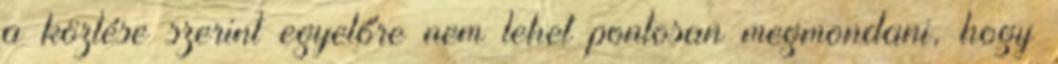
a közlése szerint egyelőre nem lehet pontosan megmondani, hogy